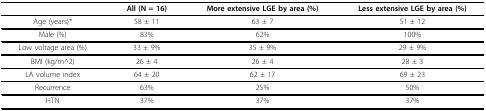
<table><thead><tr><td></td><td><b>All (N = 16)</b></td><td><b>More extensive LGE by area (%)</b></td><td><b>Less extensive LGE by area (%)</b></td></tr></thead><tbody><tr><td>Age (years)*</td><td>58 ± 11</td><td>63 ± 7</td><td>51 ± 12</td></tr><tr><td>Male (%)</td><td>83%</td><td>62%</td><td>100%</td></tr><tr><td>Low voltage area (%)</td><td>33 ± 9%</td><td>35 ± 9%</td><td>29 ± 9%</td></tr><tr><td>BMI (kg/m^2)</td><td>26 ± 4</td><td>26 ± 4</td><td>28 ± 3</td></tr><tr><td>LA volume index</td><td>64 ± 20</td><td>62 ± 17</td><td>69 ± 23</td></tr><tr><td>Recurrence</td><td>63%</td><td>25%</td><td>50%</td></tr><tr><td>HTN</td><td>37%</td><td>37%</td><td>37%</td></tr></tbody></table>